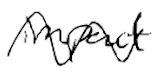
Text: impact
Cross-out: wave
Writing tool: digital_black